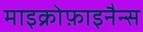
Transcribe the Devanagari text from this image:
माइक्रोफ़ाइनैन्स